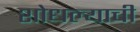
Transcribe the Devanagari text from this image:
शोधल्याची